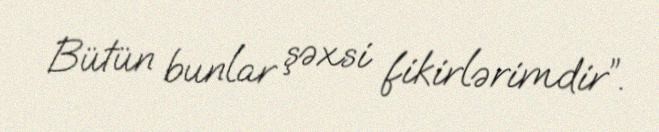
Bütün bunlar şəxsi fikirlərimdir”.